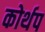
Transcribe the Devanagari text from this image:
कोर्थप